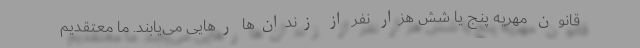
قانون مهریه پنج یا شش هزار نفر از زندان‌ها رهایی می‌یابند. ما معتقدیم